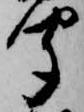
聞